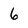
Character: 6